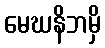
မေဃနိဘမှိ